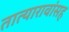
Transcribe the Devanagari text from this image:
तात्यारावांसह